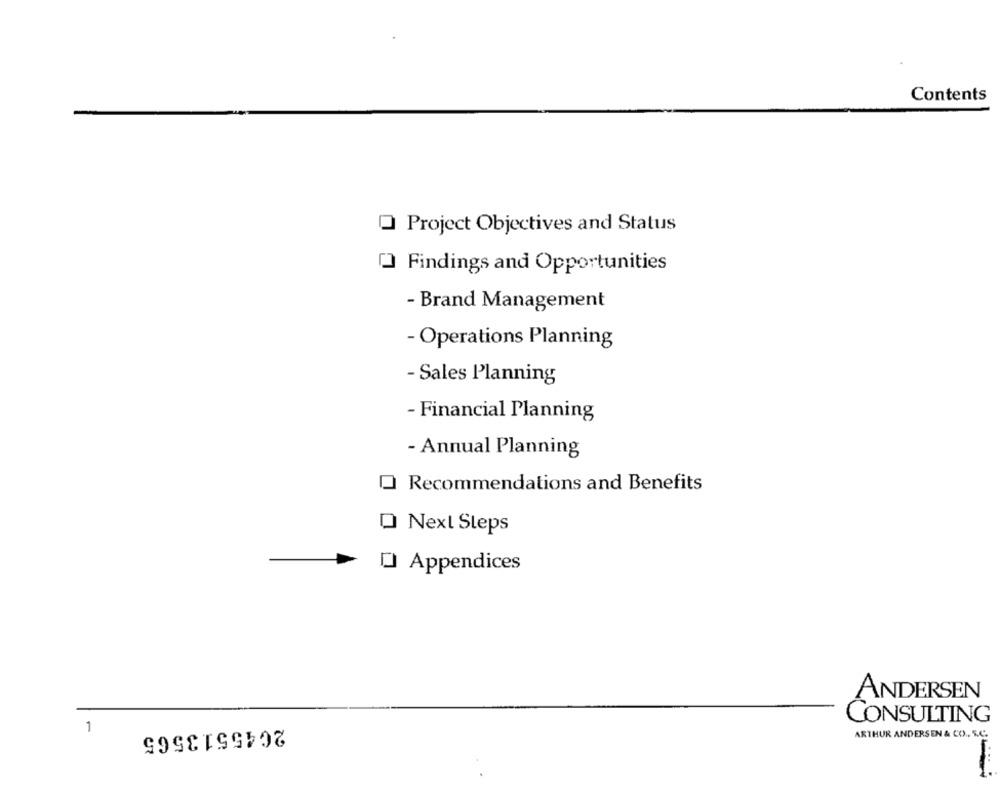
Contents
O Project Objectives and Status
Findings and Opportunities
- Brand Management
- Operations Planning
- Sales Planning
- Financial Planning
- Annual Planning
Recommendations and Benefits
Next Steps
O Appendices
ANDERSEN
CONSULTING
1
2045513565
ARTHUR ANDERSEN & CO ., S.C.